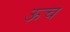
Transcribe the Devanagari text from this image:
ऊच